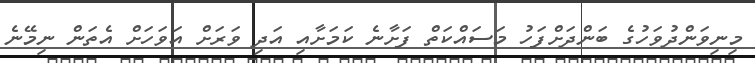
މިނިވަންދުވަހުގެ ބަންދަށްފަހު މަސައްކަތް ފަށާނެ ކަމަށާއި އަދި ވަރަށް އަވަހަށް އެތަން ނިމޭނެ